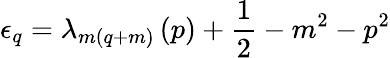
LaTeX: \epsilon_{q}=\lambda_{m(q+m)}\left(p\right)+\frac{1}{2}-m^{2}-p^{2}